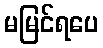
မမြင်ရပေ